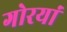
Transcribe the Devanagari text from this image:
गोरयां